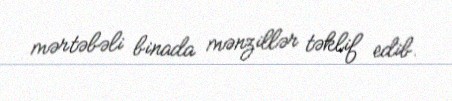
mərtəbəli binada mənzillər təklif edib.